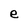
Character: e